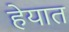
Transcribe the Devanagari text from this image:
हेयात